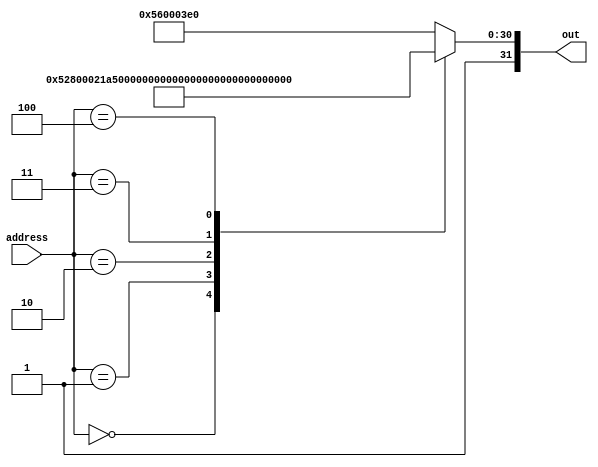
module rom_case(out, address);
	output reg [31:0] out;
	input  [15:0] address; // address- 16 deep memory  
	always @(address) begin
		case (address)
			16'h0000:  out = 32'b11010010100000000000000000100001; // MOVZ X1, 1
			16'h0001:  out = 32'b11010010100000000000000001000010; // MOVZ X2, 2
			16'h0002:  out = 32'b10001011000000100000000000100011; // ADD X3, X1, X2
			16'h0003:  out = 32'b11111000000_000000100_00_11111_00011; // STUR X4, [XZR, 3]
			16'h0004:  out = 32'b11111000010_000000100_00_11111_00101; // LDUR X5, [XZR, 4]
//			16'h0005:  out = 32'b10010100000000000000000000010011; // BL 19 was 10
////		16'h0006:  out = 32'b10110101000000000000000000100010; // CBNZ X2, 1
////		16'h0007:  out = 32'b00010100000000000000000000000001; // B 1
////		16'h0008:  out = 32'b00010111111111111111111111111001; // B -7
////		16'h0009:  out = 32'b10110100000000000000000001100001; // CBZ X1, 3
////		16'h000a:  out = 32'b11101011000000100000000000111111; // SUBS XZR, X1, X2
////		16'h000b:  out = 32'b01010100000000000000000000100011; // B.LO 1
////		16'h000c:  out = 32'b11111000000000001000001111100001; // STUR X1, [XZR, 8]
////		16'h000d:  out = 32'b11111000010000001000001111100110; // LDUR X6, [XZR, 8]
////		16'h000e:  out = 32'b11010010000000000000010011100111; // EORI X7, X7, 1
////		16'h000f:  out = 32'b00010111111111111111111111111110; // B -2
////		16'h0010:  out = 32'b10010001000000000000100000100001; // ADDI X1, X1, 2
////		16'h0011:  out = 32'b11010001000000000000010001000010; // SUBI X2, X2, 1
////		16'h0012:  out = 32'b11010110000000000000001111000000; // BR X30
////		16'h0013:  out = 32'b11010011011010111000001110011100; //LSL
////		16'h0014:  out = 32'b11010011010100110101001100011100; //LSR
////		16'h0015:  out = 32'b10001011011110100011010000011101; //ASC Add with carry
////		16'h0016:  out = 32'b11001011001100110011100001101010; //Sub with carry
//  		16'h0017:  out = 32'b11001011000101001010101111001010; //Sub
//			16'h0018:  out = 32'b00100010101001010001101010001110; //not
		
			default: out=32'hD60003E0; //BR XZR
		endcase
	end
endmodule